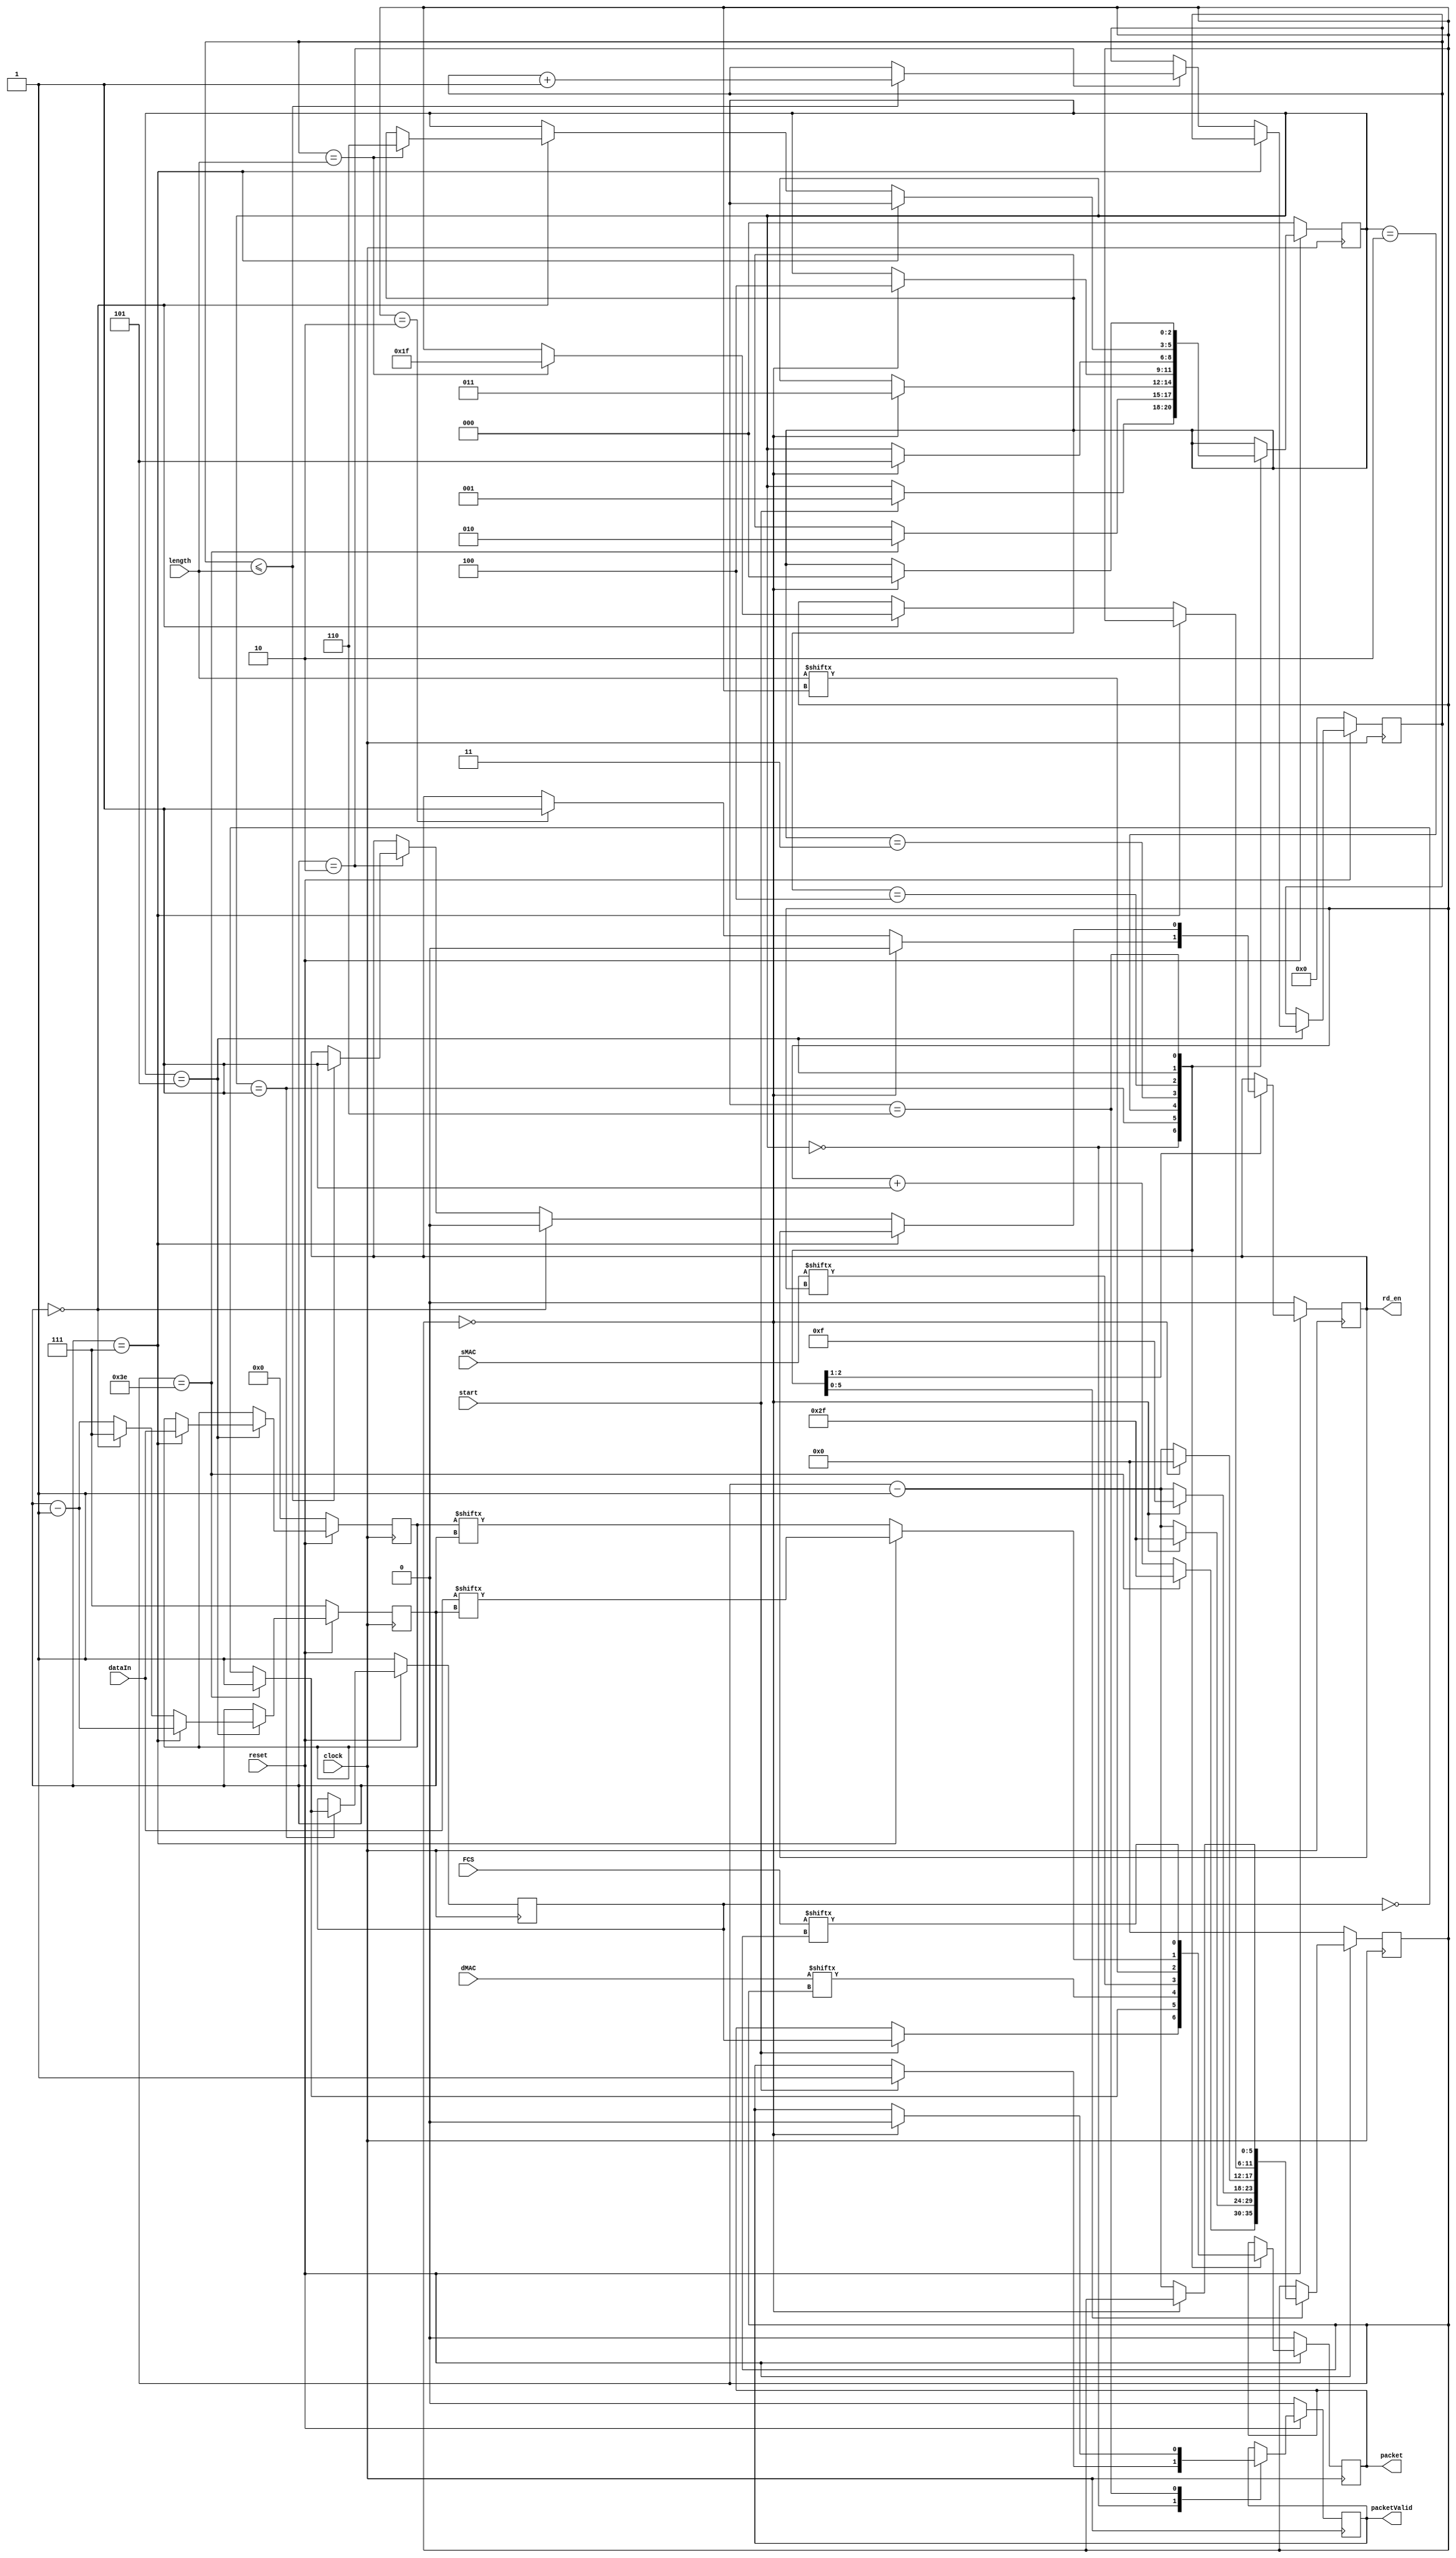
`timescale 1ns / 1ps
//////////////////////////////////////////////////////////////////////////////////
// Company: 
// Engineer: 
// 
// Design Name: 
// Module Name: epg
// Project Name: 
// Target Devices: 
// Tool Versions: 
// Description: 
// 
// Dependencies: 
// 
// Revision:
// Revision 0.01 - File Created
// Additional Comments:
// 
//////////////////////////////////////////////////////////////////////////////////


module epg
    #(parameter
        dataWidth   =   8
    )
    (
        input               clock,
        input               reset,
        input               start,
        input   [47 : 0]    dMAC,
        input   [47 : 0]    sMAC,
        input   [15 : 0]    length,
        input   [ 7 : 0]    dataIn,
        input   [31 : 0]    FCS,
        output              rd_en,
        output              packet,
        output              packetValid
    );
    
    //  FSM state encoding
    localparam  s0  =   3'd0;
    localparam  s1  =   3'd1;
    localparam  s2  =   3'd2;
    localparam  s3  =   3'd3;
    localparam  s4  =   3'd4;   
    localparam  s5  =   3'd5;
    localparam  s6  =   3'd6;   
    
    //  Registers
    reg [2 : 0] state_reg,              state_next;
    reg         output_reg,             output_next;
    reg         preambleBit_reg,        preambleBit_next;
    reg [5 : 0] CounterA_reg,           CounterA_next;
    reg [2 : 0] CounterB_reg,           CounterB_next;
    reg [6 : 0] CounterC_reg,           CounterC_next;
    reg         packetValid_reg,        packetValid_next;
    reg         rd_en_reg,              rd_en_next;
    reg [7 : 0] dataIn_reg,             dataIn_next;
                
    //  Present state logic
    always@(posedge clock)
    begin
        if(~reset)
        begin
            state_reg               <=  s0;
            output_reg              <=  1'b0;
            preambleBit_reg         <=  1'b1;    
            CounterA_reg            <=  7'd0;   
            CounterB_reg            <=  3'd7;
            CounterC_reg            <=  7'd0; 
            packetValid_reg         <=  1'b0; 
            rd_en_reg               <=  1'b0;
            dataIn_reg              <=  8'd0;
        end
        else
        begin
            state_reg               <=  state_next;
            output_reg              <=  output_next;
            preambleBit_reg         <=  preambleBit_next;  
            CounterA_reg            <=  CounterA_next;  
            CounterB_reg            <=  CounterB_next;
            CounterC_reg            <=  CounterC_next;
            packetValid_reg         <=  packetValid_next;  
            rd_en_reg               <=  rd_en_next;
            dataIn_reg              <=  dataIn_next;          
        end
    end    
    
    //  Next state logic
    always@*
    begin
        state_next                  =   state_reg;
        output_next                 =   output_reg;
        preambleBit_next            =   preambleBit_reg;
        CounterA_next               =   CounterA_reg;
        CounterB_next               =   CounterB_reg;
        CounterC_next               =   CounterC_reg;
        packetValid_next            =   packetValid_reg;
        rd_en_next                  =   rd_en_reg;
        dataIn_next                 =   dataIn_reg;
        
        case(state_reg)
            s0  :   begin
                        if(start)
                        begin
                            packetValid_next    =   1'b1;
                            output_next         =   preambleBit_reg;
                            state_next          =   s1;
                        end 
                    end
                    
            
            s1  :   begin:  Preamble_and_SFD                      
                        output_next         =   ~preambleBit_reg;
                                                
                        if(CounterA_reg == 6'd62)
                        begin
                            output_next             =   1'b1;
                            preambleBit_next        =   1'b1;
                            CounterA_next           =   6'd47;
                            state_next              =   s2;
                        end
                        else
                        begin
                            preambleBit_next        =   ~preambleBit_reg;
                            CounterA_next           =   CounterA_reg + 1'b1;
                        end
                    end
                    
            s2  :   begin:  Destination_MAC
                        output_next = dMAC[CounterA_reg];
                        
                        if(CounterA_reg == 6'd0)
                        begin
                            CounterA_next           =   6'd47;
                            state_next              =   s3;
                        end
                        else
                            CounterA_next           =   CounterA_reg - 1'b1;                                                          
                    end
                    
            s3  :   begin:  Source_MAC
                        output_next = sMAC[CounterA_reg];
                        
                       if(CounterA_reg == 6'd0)
                        begin
                            CounterA_next           =   6'd15;
                            state_next              =   s4;
                        end
                        else
                            CounterA_next           =   CounterA_reg - 1'b1;    
                    end
                    
            s4  :   begin:  Length
                        output_next = length[CounterA_reg];
                        
                        if(CounterA_reg == 6'd0)
                        begin
                            CounterA_next           =   6'd0;
                            rd_en_next              =   1'b0;
                            state_next              =   s5;
                        end
                        else
                        begin
                            CounterA_next           =   CounterA_reg - 1'b1;
                            
                            if(CounterA_reg == 6'd2)
                                rd_en_next          =   1'b1;
                        end     
                    end
                    
            s5  :   begin:  Data
           
                            if(CounterB_reg ==  3'd7)
                            begin
                                output_next     =   dataIn[CounterB_reg];
                                dataIn_next     =   dataIn;
                                CounterB_next   =   CounterB_reg - 1'b1;
                            end
                            else
                            begin
                                output_next     =   dataIn_reg[CounterB_reg];
                                CounterB_next   =   CounterB_reg - 1'b1;
                                
                                if(CounterB_reg ==  3'd2)
                                begin
                                    if({9'd0, CounterC_reg} <= length)
                                    begin
                                        rd_en_next          =   1'b1;
                                        CounterC_next       =   CounterC_reg + 1'b1;                                               
                                    end
                                end
                                
                                if(CounterB_reg ==  3'd0)
                                begin
                                    rd_en_next          =   1'b0;
                                    CounterB_next       =   3'd7;
                                    
                                    if({9'd0, CounterC_reg} == length)
                                    begin
                                        CounterA_next   =   6'd31;
                                        state_next  =   s6;
                                    end                                        
                                end
                                                                 
                            end                                                                                                                                                                                                            
                    end
                    
            s6  :   begin:  Frame_check_sequence
                        output_next = FCS[CounterA_reg];
                        
                        if(CounterA_reg == 6'd0)
                        begin
                            packetValid_next    =   1'b0;
                            state_next              =   s0;
                        end                            
                        else
                            CounterA_next           =   CounterA_reg - 1'b1;
                    end                  
        endcase       
    end
    
    //  Output logic
    assign  packet      =   output_reg;
    assign  packetValid =   packetValid_reg;
    assign  rd_en       =   rd_en_reg;
    
endmodule

//////////////////////////////////////////////////////////////////////////////////